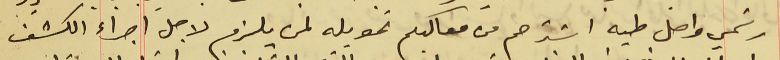
رسَمي واصل طيه اسَترحم من معاليكم تحويله لمن يلزم لاجل اجراء الكشف